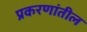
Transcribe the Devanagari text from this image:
प्रकरणांतील